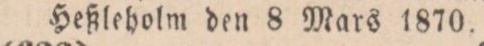
Heßleholm den 8 Mars 1870.